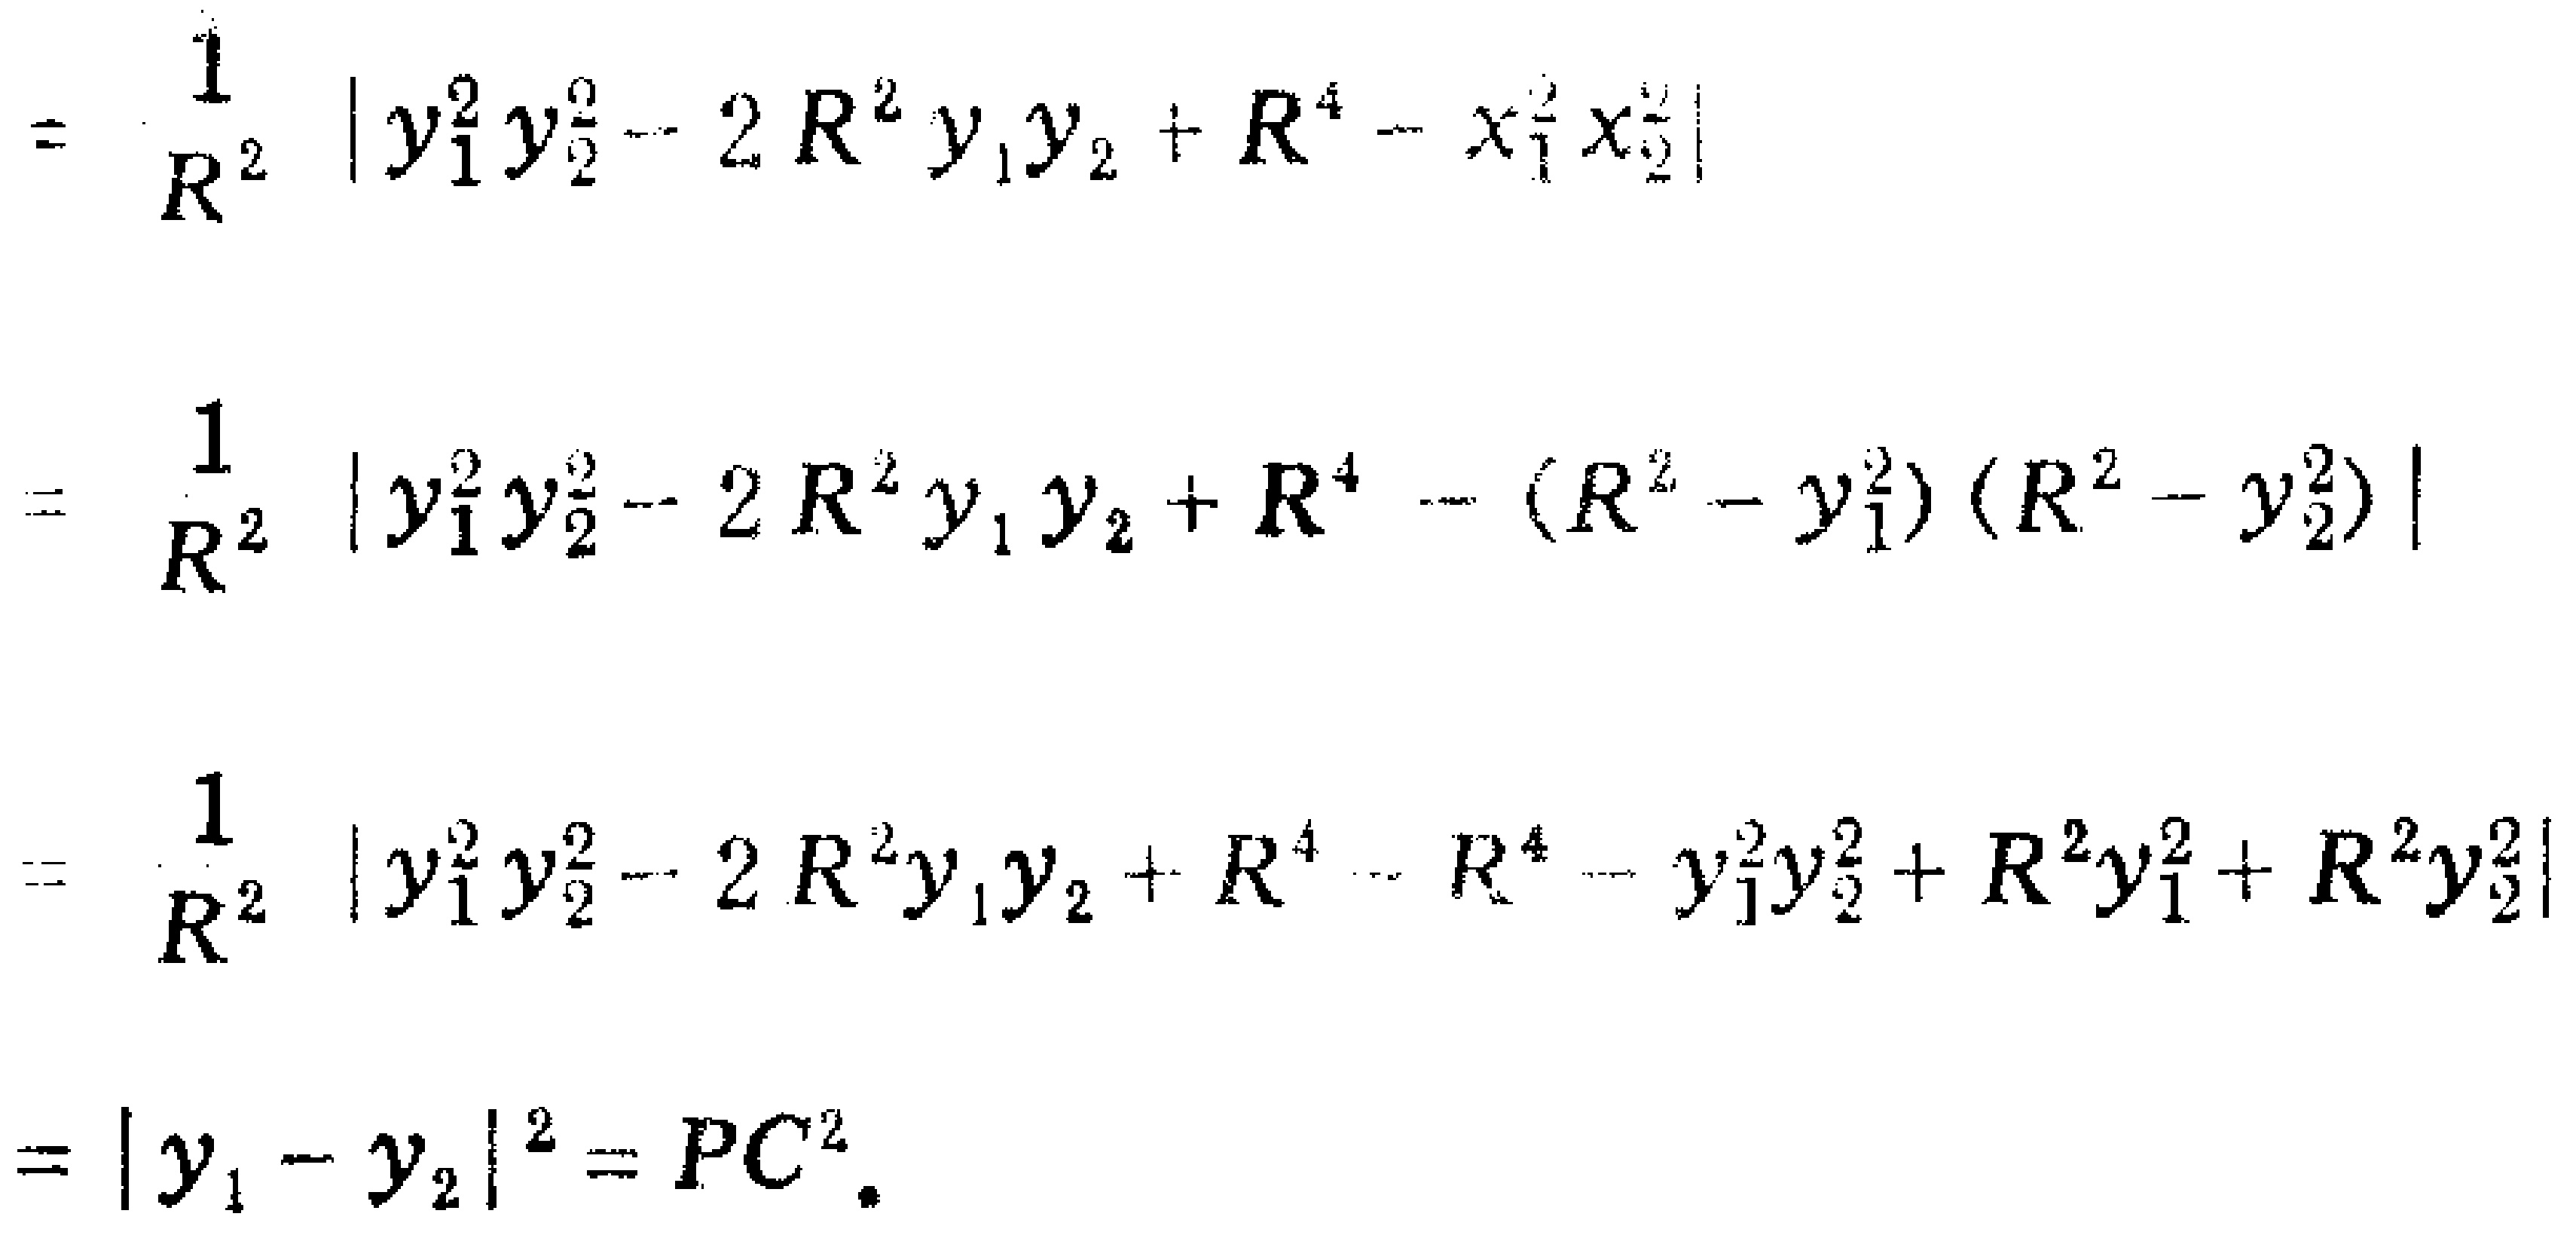
\[
\begin{align*}
&=\frac{1}{R^{2}}\left|y_{1}^{2}y_{2}^{2}-2R^{2}y_{1}y_{2}+R^{4}-x_{1}^{2}x_{2}^{2}\right|\\
&=\frac{1}{R^{2}}\left|y_{1}^{2}y_{2}^{2}-2R^{2}y_{1}y_{2}+R^{4}-(R^{2}-y_{1}^{2})(R^{2}-y_{2}^{2})\right|\\
&=\frac{1}{R^{2}}\left|y_{1}^{2}y_{2}^{2}-2R^{2}y_{1}y_{2}+R^{4}-R^{4}-y_{1}^{2}y_{2}^{2}+R^{2}y_{1}^{2}+R^{2}y_{2}^{2}\right|\\
&=\left|y_{1}-y_{2}\right|^{2}=PC^{2}.
\end{align*}
\]